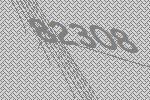
82308